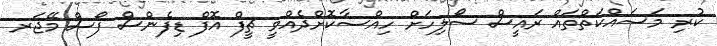
ކުރި މަސައްކަތްތައް ރައީސް ސޯލިހަށް ހިއްސާކޮށްދެއްވީ ޗީފް އޮފް ޑިފެންސް ފޯސް މޭޖަރ